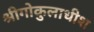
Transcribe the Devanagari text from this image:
श्रीगोकुलाधीश